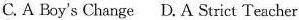
C. A Boy's Change D. A Strict Teacher